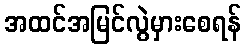
အထင်အမြင်လွဲမှားစေရန်